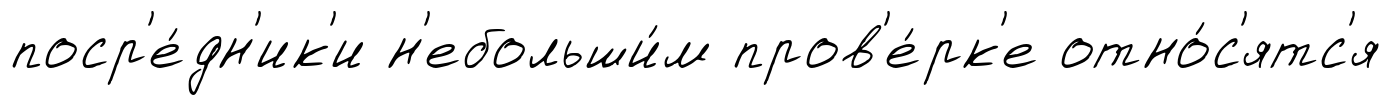
поср'е́дн'ик'и н'ебольши́м пров'е́рк'е отно́с'ятс'я